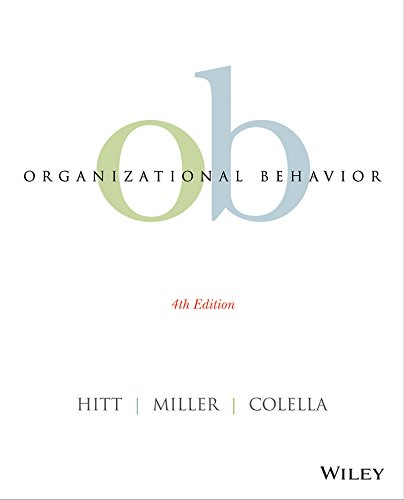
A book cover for Organizational Behavior; Michael A. Hitt; Business & Money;